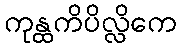
ကုန္ထကိပိလ္လိကေ